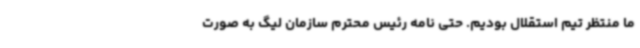
ما منتظر تیم استقلال بودیم. حتی نامه رئیس محترم سازمان لیگ به صورت